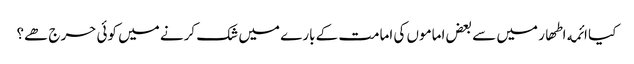
﻿ کیا ائمه اطھار میں سے بعض اماموں کی امامت کے بارے میں شک کرنے میں کوئی حرج ھے؟